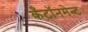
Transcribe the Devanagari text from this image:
कँटॉनमेन्ट